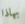
بهاذا